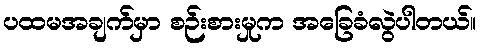
ပထမအချက်မှာ စဉ်းစားမှုက အခြေခံလွဲပါတယ်။